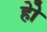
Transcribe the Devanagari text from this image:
होे